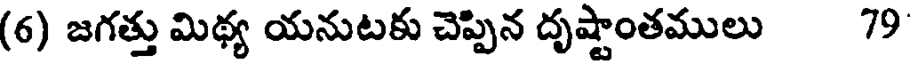
(6) జగత్తు మిథ్య యనుటకు చెప్పిన దృష్టాంతములు 79